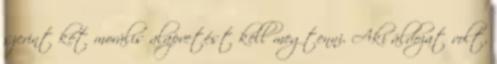
szerint két morális alapvetést kell megtenni. Aki áldozat volt,